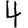
Digit: 4